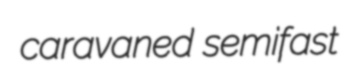
caravaned semifast